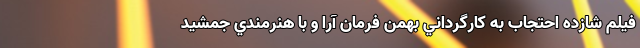
فيلم شازده احتجاب به کارگرداني بهمن فرمان آرا و با هنرمندي جمشيد